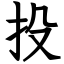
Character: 投